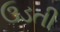
ઉડતી